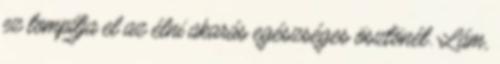
ez tompítja el az élni akarás egészséges ösztönét. Lám,